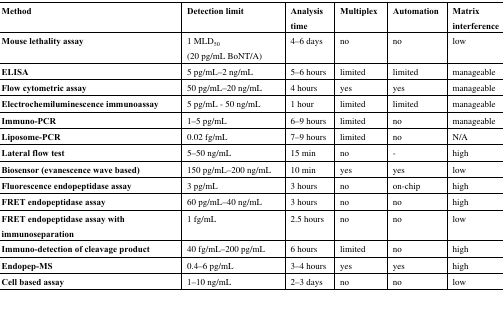
| Method | Detection limit | Analysis time | Multiplex | Automation | Matrix interference |
 | --- | --- | --- | --- | --- | --- |
 | Mouse lethality assay | 1 MLD50(20 pg/mL BoNT/A) | 4-6 days | no | no | low |
 | ELISA | 5 pg/mL-2 ng/mL | 5-6 hours | limited | limited | manageable |
 | Flow cytometric assay | 50 pg/mL-20 ng/mL | 4 hours | yes | yes | manageable |
 | Electrochemiluminescence immunoassay | 5 pg/mL - 50 ng/mL | 1 hour | limited | limited | manageable |
 | Immuno-PCR | 1-5 pg/mL | 6-9 hours | limited | no | manageable |
 | Liposome-PCR | 0.02 fg/mL | 7-9 hours | limited | no | N/A |
 | Lateral flow test | 5-50 ng/mL | 15 min | no | - | high |
 | Biosensor (evanescence wave based) | 150 pg/mL-200 ng/mL | 10 min | yes | yes | low |
 | Fluorescence endopeptidase assay | 3 pg/mL | 3 hours | no | on-chip | high |
 | FRET endopeptidase assay | 60 pg/mL-40 ng/mL | 3 hours | no | no | high |
 | FRET endopeptidase assay with immunoseparation | 1 fg/mL | 2.5 hours | no | no | low |
 | Immuno-detection of cleavage product | 40 fg/mL-200 pg/mL | 6 hours | limited | no | high |
 | Endopep-MS | 0.4-6 pg/mL | 3-4 hours | yes | yes | high |
 | Cell based assay | 1-10 ng/mL | 2-3 days | no | no | low |